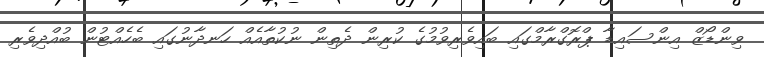
ވިންޑޯޒް އިންސައިޑާ ޕްރޮގްރާމްގައި ބައިވެރިވުމުގެ ކުރިން ދެތިން ނުކުތާއެއް ހަނދާނުގައި ބެހެއްޓުން ބުއްދިވެރި